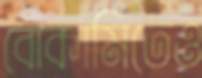
বোকামিতেও